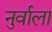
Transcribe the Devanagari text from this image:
नुर्वाला